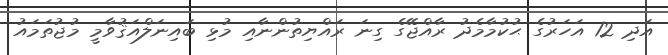
އަދި 12 އަހަރުގެ ޙުކުމާމެދު ރާއްޖޭގެ ގިނަ ރައްޔިތުންނާއި މުޅި ބައިނަލްއަޤުވާމީ މުޖުތަމައު